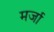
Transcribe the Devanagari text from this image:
मर्जा